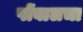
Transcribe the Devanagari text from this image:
पोंबालचा